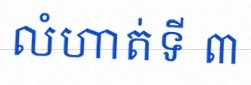
លំហាត់ទី ៣